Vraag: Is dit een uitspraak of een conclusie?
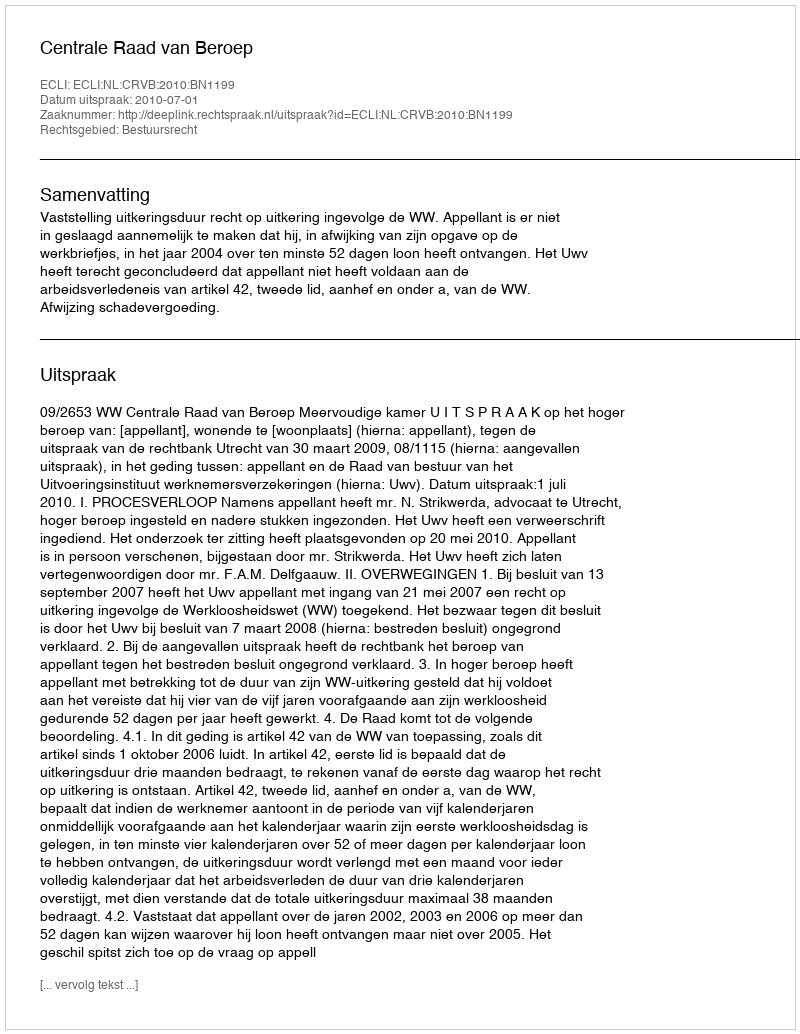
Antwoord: Uitspraak